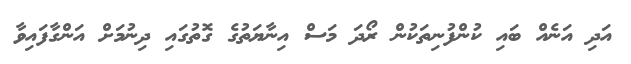
އަދި އަނެއް ބައި ކުންފުނިތަކުން ރޯދަ މަސް އިނާޔަތުގެ ގޮތުގައި ދިނުމަށް އަންގާފައިވާ